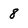
Character: 8